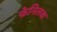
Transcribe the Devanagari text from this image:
फेनिलक